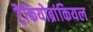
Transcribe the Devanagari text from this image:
ट्रैकियोब्रांकियल